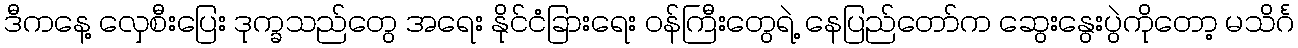
ဒီကနေ့ လှေစီးပြေး ဒုက္ခသည်တွေ အရေး နိုင်ငံခြားရေး ဝန်ကြီးတွေရဲ့ နေပြည်တော်က ဆွေးနွေးပွဲကိုတော့ မသိင်္ဂ